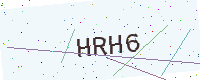
Text: HRH6